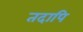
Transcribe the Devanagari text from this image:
तदापि